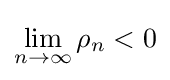
\lim _{n\to \infty }\rho _{n}<0